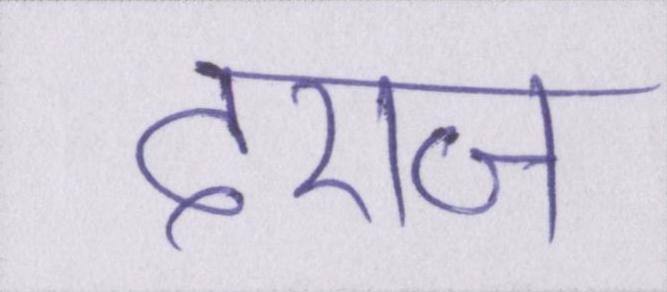
दराज